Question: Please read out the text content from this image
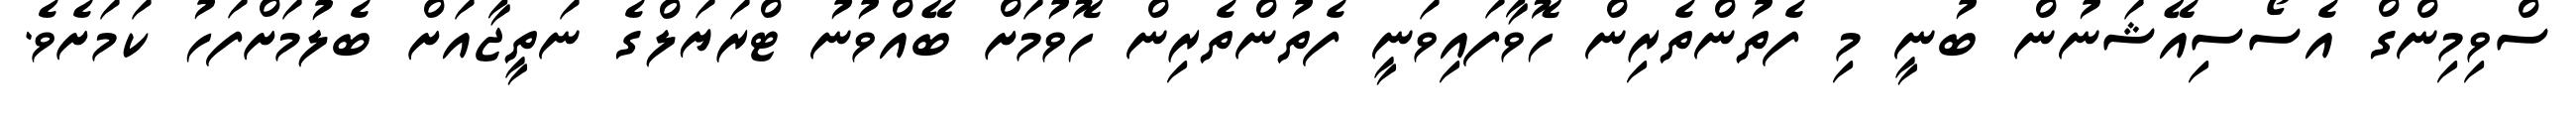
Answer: ސްވިމިންގް އެސޯސިއޭޝަނުން ބުނީ މި ފެތުންތެރިން ހޮވާފައިވަނީ ފެތުންތެރިން ހޮވުމަށް ބޭއްވުނު ޓްރަޔަލްގެ ނަތީޖާއަށް ބެލުމަށްފަހު ކަމަށެވެ.